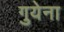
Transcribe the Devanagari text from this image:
गुयेना